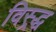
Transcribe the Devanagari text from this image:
विस्र्द्ध